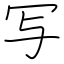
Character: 写